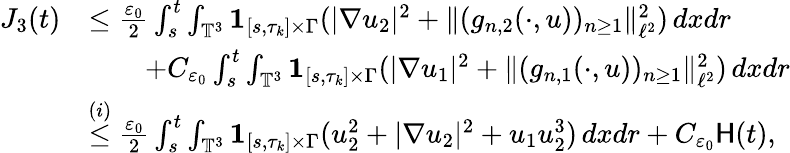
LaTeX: \begin{array}{rl}{J_{3}(t)}&{\leq\frac{\varepsilon_{0}}{2}\int_{s}^{t}\int_{\mathbb{T}^{3}}{{\mathbf 1}}_{[s,\tau_{k}]\times\Gamma}(|\nabla u_{2}|^{2}+\| (g_{n,2}(\cdot,u))_{n\geq 1}\| _{\ell^{2}}^{2})\, dxdr}\\ &{\qquad+C_{\varepsilon_{0}}\int_{s}^{t}\int_{\mathbb{T}^{3}}{{\mathbf 1}}_{[s,\tau_{k}]\times\Gamma}(|\nabla u_{1}|^{2}+\| (g_{n,1}(\cdot,u))_{n\geq 1}\| _{\ell^{2}}^{2})\, dxdr}\\ &{\stackrel{(i)}{\leq}\frac{\varepsilon_{0}}{2}\int_{s}^{t}\int_{\mathbb{T}^{3}}{{\mathbf 1}}_{[s,\tau_{k}]\times\Gamma}(u_{2}^{2}+|\nabla u_{2}|^{2}+u_{1}u_{2}^{3})\, dxdr+C_{\varepsilon_{0}}\mathsf{H}(t),}\end{array}